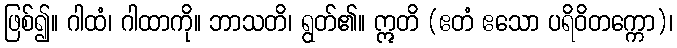
ဖြစ်၍။ ဂါထံ၊ ဂါထာကို။ ဘာသတိ၊ ရွတ်၏။ ဣတိ (ဧတံ ဧသော ပရိဝိတက္ကော)၊